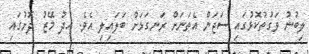
ލިބުނު ވަގުތުކޮޅުގައި ސަޖަން އެތަނަށް ރަނގަޅަށް ބަލައިލި އެވެ. ހުދު މޭޒު ދޮށުގައި